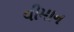
વીમાન